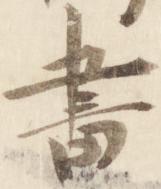
書